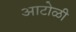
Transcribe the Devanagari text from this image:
आटोळी